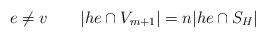
LaTeX: \begin{align*} e\ne v\qquad|he\cap V_{m+1}|=n|he\cap S_H| \end{align*}